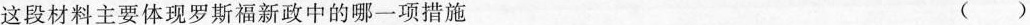
这段材料主要体现罗斯福新政中的哪一项措施 ()